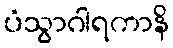
ပံသွာဂါရကာနိ